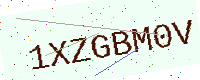
Text: 1XZGBM0V